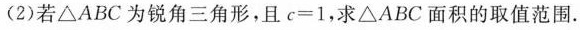
(2)若△ABC为锐角三角形，且$$c = 1$$，求△ABC面积的取值范围.